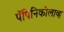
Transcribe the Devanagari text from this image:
पॅपिनिकोलाव्ह